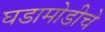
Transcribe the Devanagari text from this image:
घडामोडीचे